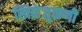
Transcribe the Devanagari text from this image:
खिळेजुळणी